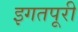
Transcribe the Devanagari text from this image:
इगतपूरी